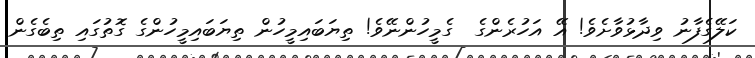
ކަލޭގެފާނު ވިދާޅުވާށެވެ! އޭ އަހުރެންގެ  ގެމީހުންނޭވެ! ތިޔަބައިމީހުން ތިޔަބައިމީހުންގެ ގޮތުގައި ތިބެގެން